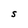
Character: S